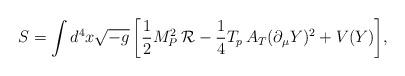
LaTeX: \begin{align*}S= \int{d^4x\sqrt{-g} \left[ \frac{1}{2}M_{P}^2\, \mathcal{R} -\frac{1}{4}T_p \,A_T (\partial_\mu Y)^2 + V(Y)\right]},\end{align*}